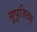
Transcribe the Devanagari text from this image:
सुपूजितम्